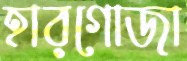
হারগোজা